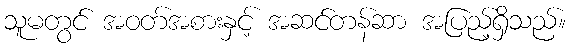
သူမတွင် အဝတ်အစားနှင့် အဆင်တန်ဆာ အပြည့်ရှိသည်။